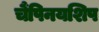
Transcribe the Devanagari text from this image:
चैंपिनयशिप